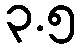
၃.၅